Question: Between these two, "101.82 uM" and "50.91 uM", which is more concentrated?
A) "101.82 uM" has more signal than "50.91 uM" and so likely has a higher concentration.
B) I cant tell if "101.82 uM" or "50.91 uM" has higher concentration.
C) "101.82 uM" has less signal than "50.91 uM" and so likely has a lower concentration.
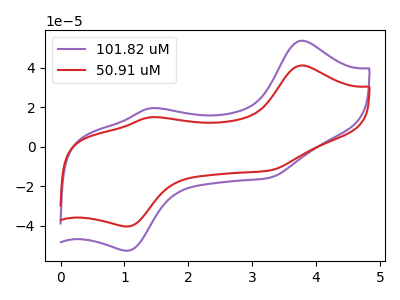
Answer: <think>The purple curve "101.82 uM" has anodic peaks at (3.75V, 53.70uA) (1.40V, 19.45uA) and cathodic peaks at (1.05V, -52.60uA) (3.25V, -15.70uA). The red curve "50.91 uM" has anodic peaks at (3.75V, 41.20uA) (1.40V, 14.90uA) and cathodic peaks at (1.05V, -40.35uA) (3.25V, -12.00uA).
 All the peaks in "101.82 uM" have a peak in "50.91 uM" at the same potential. Every peak in "101.82 uM" is higher than every peak in "50.91 uM".</think>
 <answer>A) "101.82 uM" has more signal than "50.91 uM" and so likely has a higher concentration.</answer>
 <eval>A</eval>